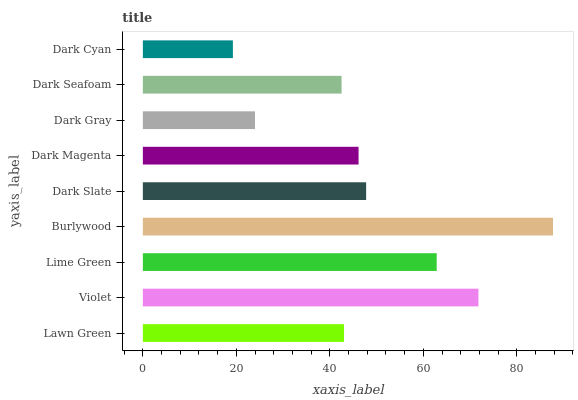
| yaxis_label | bars |
 | --- | --- |
 | Lawn Green | 43 |
 | Violet | 71.8 |
 | Lime Green | 62.9 |
 | Burlywood | 87.7 |
 | Dark Slate | 47.8 |
 | Dark Magenta | 46.1 |
 | Dark Gray | 24 |
 | Dark Seafoam | 42.5 |
 | Dark Cyan | 19.3 |